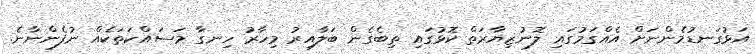
އަޅުގަނޑުމެންނަށް އެއްގަމުގައި ލޮނުޒިޔާރަތް ކޮޅުގައި ތިބެގެން ބަލާއިރު މިހާރު ހިނގާ މަސައްކަތަކެއް ނުފެންނާނެ.